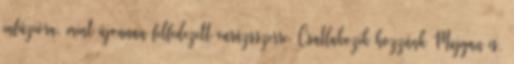
infúzióra, mint újonnan felfedezett varázsszerre. Csatlakozik hozzánk Mujgan is,